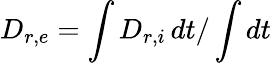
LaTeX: D_{r,e}=\int D_{r,i}\, dt/\int dt